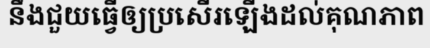
នឹងជួយធ្វើឲ្យប្រសើរឡើងដល់គុណភាព